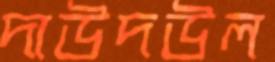
দাউদউল